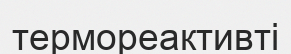
термореактивті